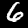
Label: 6